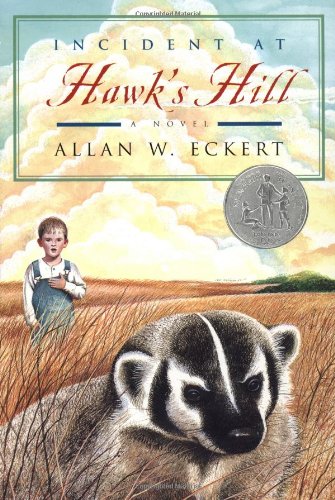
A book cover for Incident at Hawk's Hill; Allan W. Eckert; Teen & Young Adult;